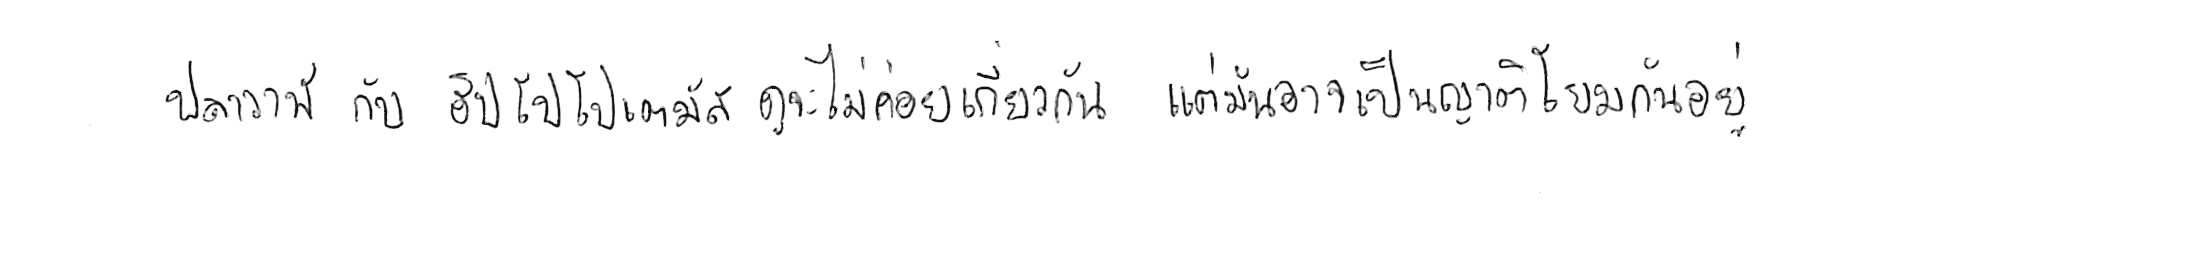
ปลาวาฬ กับ ฮิปโปโปเตมัส ดูจะไม่ค่อยเกี่ยวกัน แต่มันอาจเป็นญาติโยมกันอยู่